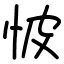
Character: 怶